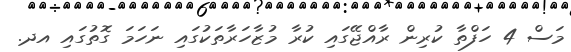
މަސް 4 ހަފްތާ ކުރިން ރާއްޖޭގައި ކުރާ މުޒާހަރާތަކުގައި ނަހަމަ ގޮތުގައި އދ.